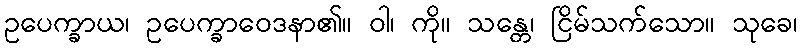
ဥပေက္ခာယ၊ ဥပေက္ခာဝေဒနာ၏။ ဝါ၊ ကို။ သန္တေ၊ ငြိမ်သက်သော။ သုခေ၊